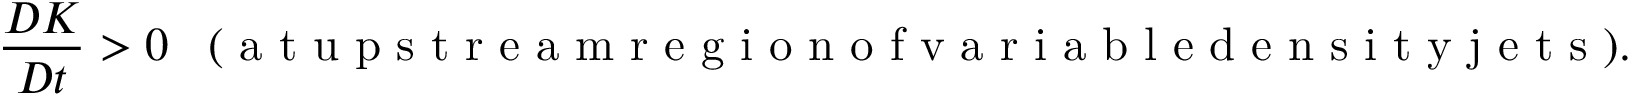
\frac { D K } { D t } > 0 \; \; \; ( \mathrm { ~ a ~ t ~ u ~ p ~ s ~ t ~ r ~ e ~ a ~ m ~ r ~ e ~ g ~ i ~ o ~ n ~ o ~ f ~ v ~ a ~ r ~ i ~ a ~ b ~ l ~ e ~ d ~ e ~ n ~ s ~ i ~ t ~ y ~ j ~ e ~ t ~ s ~ } ) .